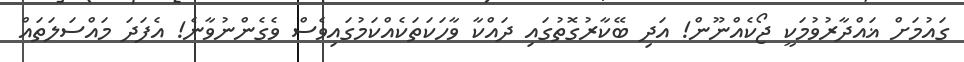
ގައުމަށް ޣައްދާރުވުމަކީ ޖޯކެއްނޫން! އަދި ބޭކާރުގޮތުގައި ދައްކާ ވާހަކަތަކެއްކަމުގައިވެސް ވެގެންނުވާނެ! އެފަދަ މައްސަލަތައް